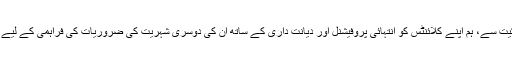
CBI کے مجاز ایجنٹس کی حیثیت سے، ہم اپنے کلائنٹس کو انتہائی پروفیشنل اور دیانت داری کے ساتھ ان کی دوسری شہریت کی ضروریات کی فراہمی کے لیے مصروف عمل ہیں۔